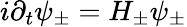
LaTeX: i\partial_{t}{\psi_{\pm}}=H_{\pm}\psi_{\pm}